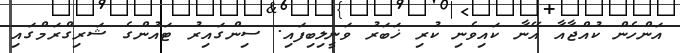
އަންހެން ކުއްޖާއާ އޭނާ ކައިވެނި ކުރި ޚަބަރު ވަނީލިބިފައި. ސިންގައިރު ޓައުންގެ ޝަރިގްރަމްގައި